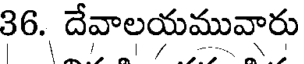
36. దేవాలయమువారు